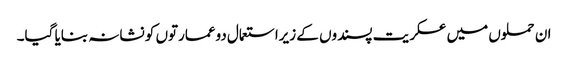
ان حملوں میں عسکریت پسندوں کے زیراستعمال دوعمارتوں کو نشانہ بنایا گیا۔